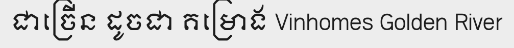
ជាច្រើន ដូចជា គម្រោង Vinhomes Golden River